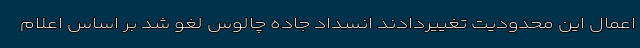
اعمال این محدودیت تغییردادند انسداد جاده چالوس لغو شد بر اساس اعلام